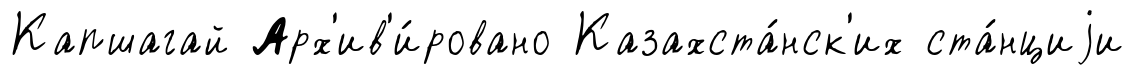
Капшагай Арх'ив'и́ровано Казахста́нск'их ста́нциjи